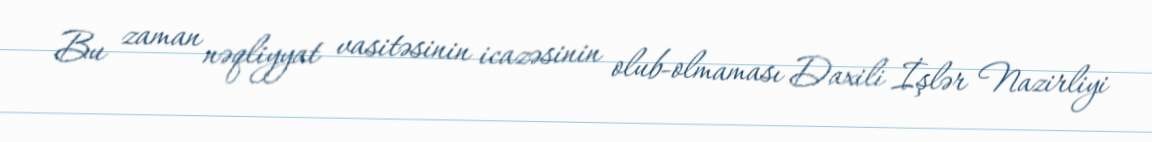
Bu zaman nəqliyyat vasitəsinin icazəsinin olub-olmaması Daxili İşlər Nazirliyi